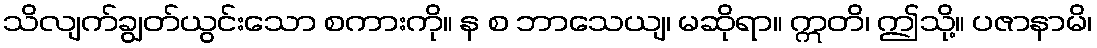
သိလျက်ချွတ်ယွင်းသော စကားကို။ န စ ဘာသေယျ၊ မဆိုရာ။ ဣတိ၊ ဤသို့။ ပဇာနာမိ၊